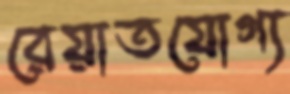
রেয়াতযোগ্য